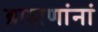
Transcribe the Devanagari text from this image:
ब्राह्मणांनां